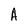
Character: A